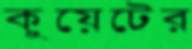
কুয়েটের